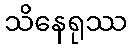
သိနေရုဿ